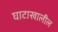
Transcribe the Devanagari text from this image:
घाटाखालील